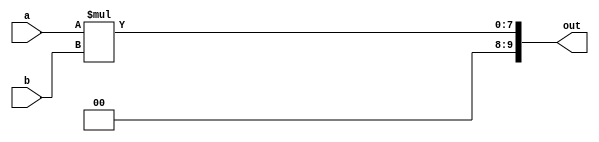
module multiplier_4_bit_21BCE3546(a, b, out);
input [3:0] a;
input [3:0] b;
output [9:0] out;
assign out=(a*b);
endmodule